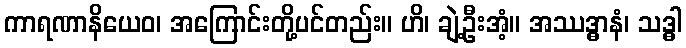
ကာရဏာနိယေဝ၊ အကြောင်းတို့ပင်တည်း။ ဟိ၊ ချဲ့ဦးအံ့။ အဿဒ္ဓာနံ၊ သဒ္ဓါ